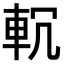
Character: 𨊶